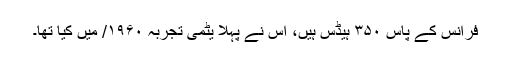
فرانس کے پاس ۳۵۰ ہیڈس ہیں، اُس نے پہلا یٹمی تجربہ ۱۹۶۰/ میں کیا تھا۔